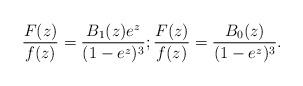
LaTeX: \begin{align*} \frac{F(z)}{f(z)} = \frac{B_1(z)e^z }{(1-e^z)^3} ; \frac{F(z)}{f(z)} = \frac{B_0(z) }{(1-e^z)^3} .\end{align*}